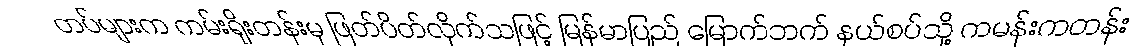
တပ်များက ကမ်းရိုးတန်းမှ ဖြတ်ပိတ်လိုက်သဖြင့် မြန်မာပြည် မြောက်ဘက် နယ်စပ်သို့ ကမန်းကတန်း